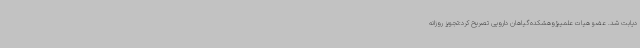
دیابت شد. عضو هیات علمیپژوهشکده‌گیاهان دارویی تصریح کرد:تجویز روزانه